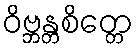
ဝိဗ္ဘန္တစိတ္တေ